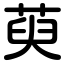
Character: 萸